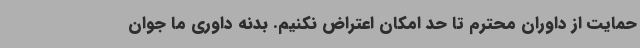
حمایت از داوران محترم تا حد امکان اعتراض نکنیم. بدنه داوری ما جوان